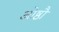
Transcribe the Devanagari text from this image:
ओष्ठौ